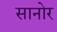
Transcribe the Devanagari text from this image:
सानोर